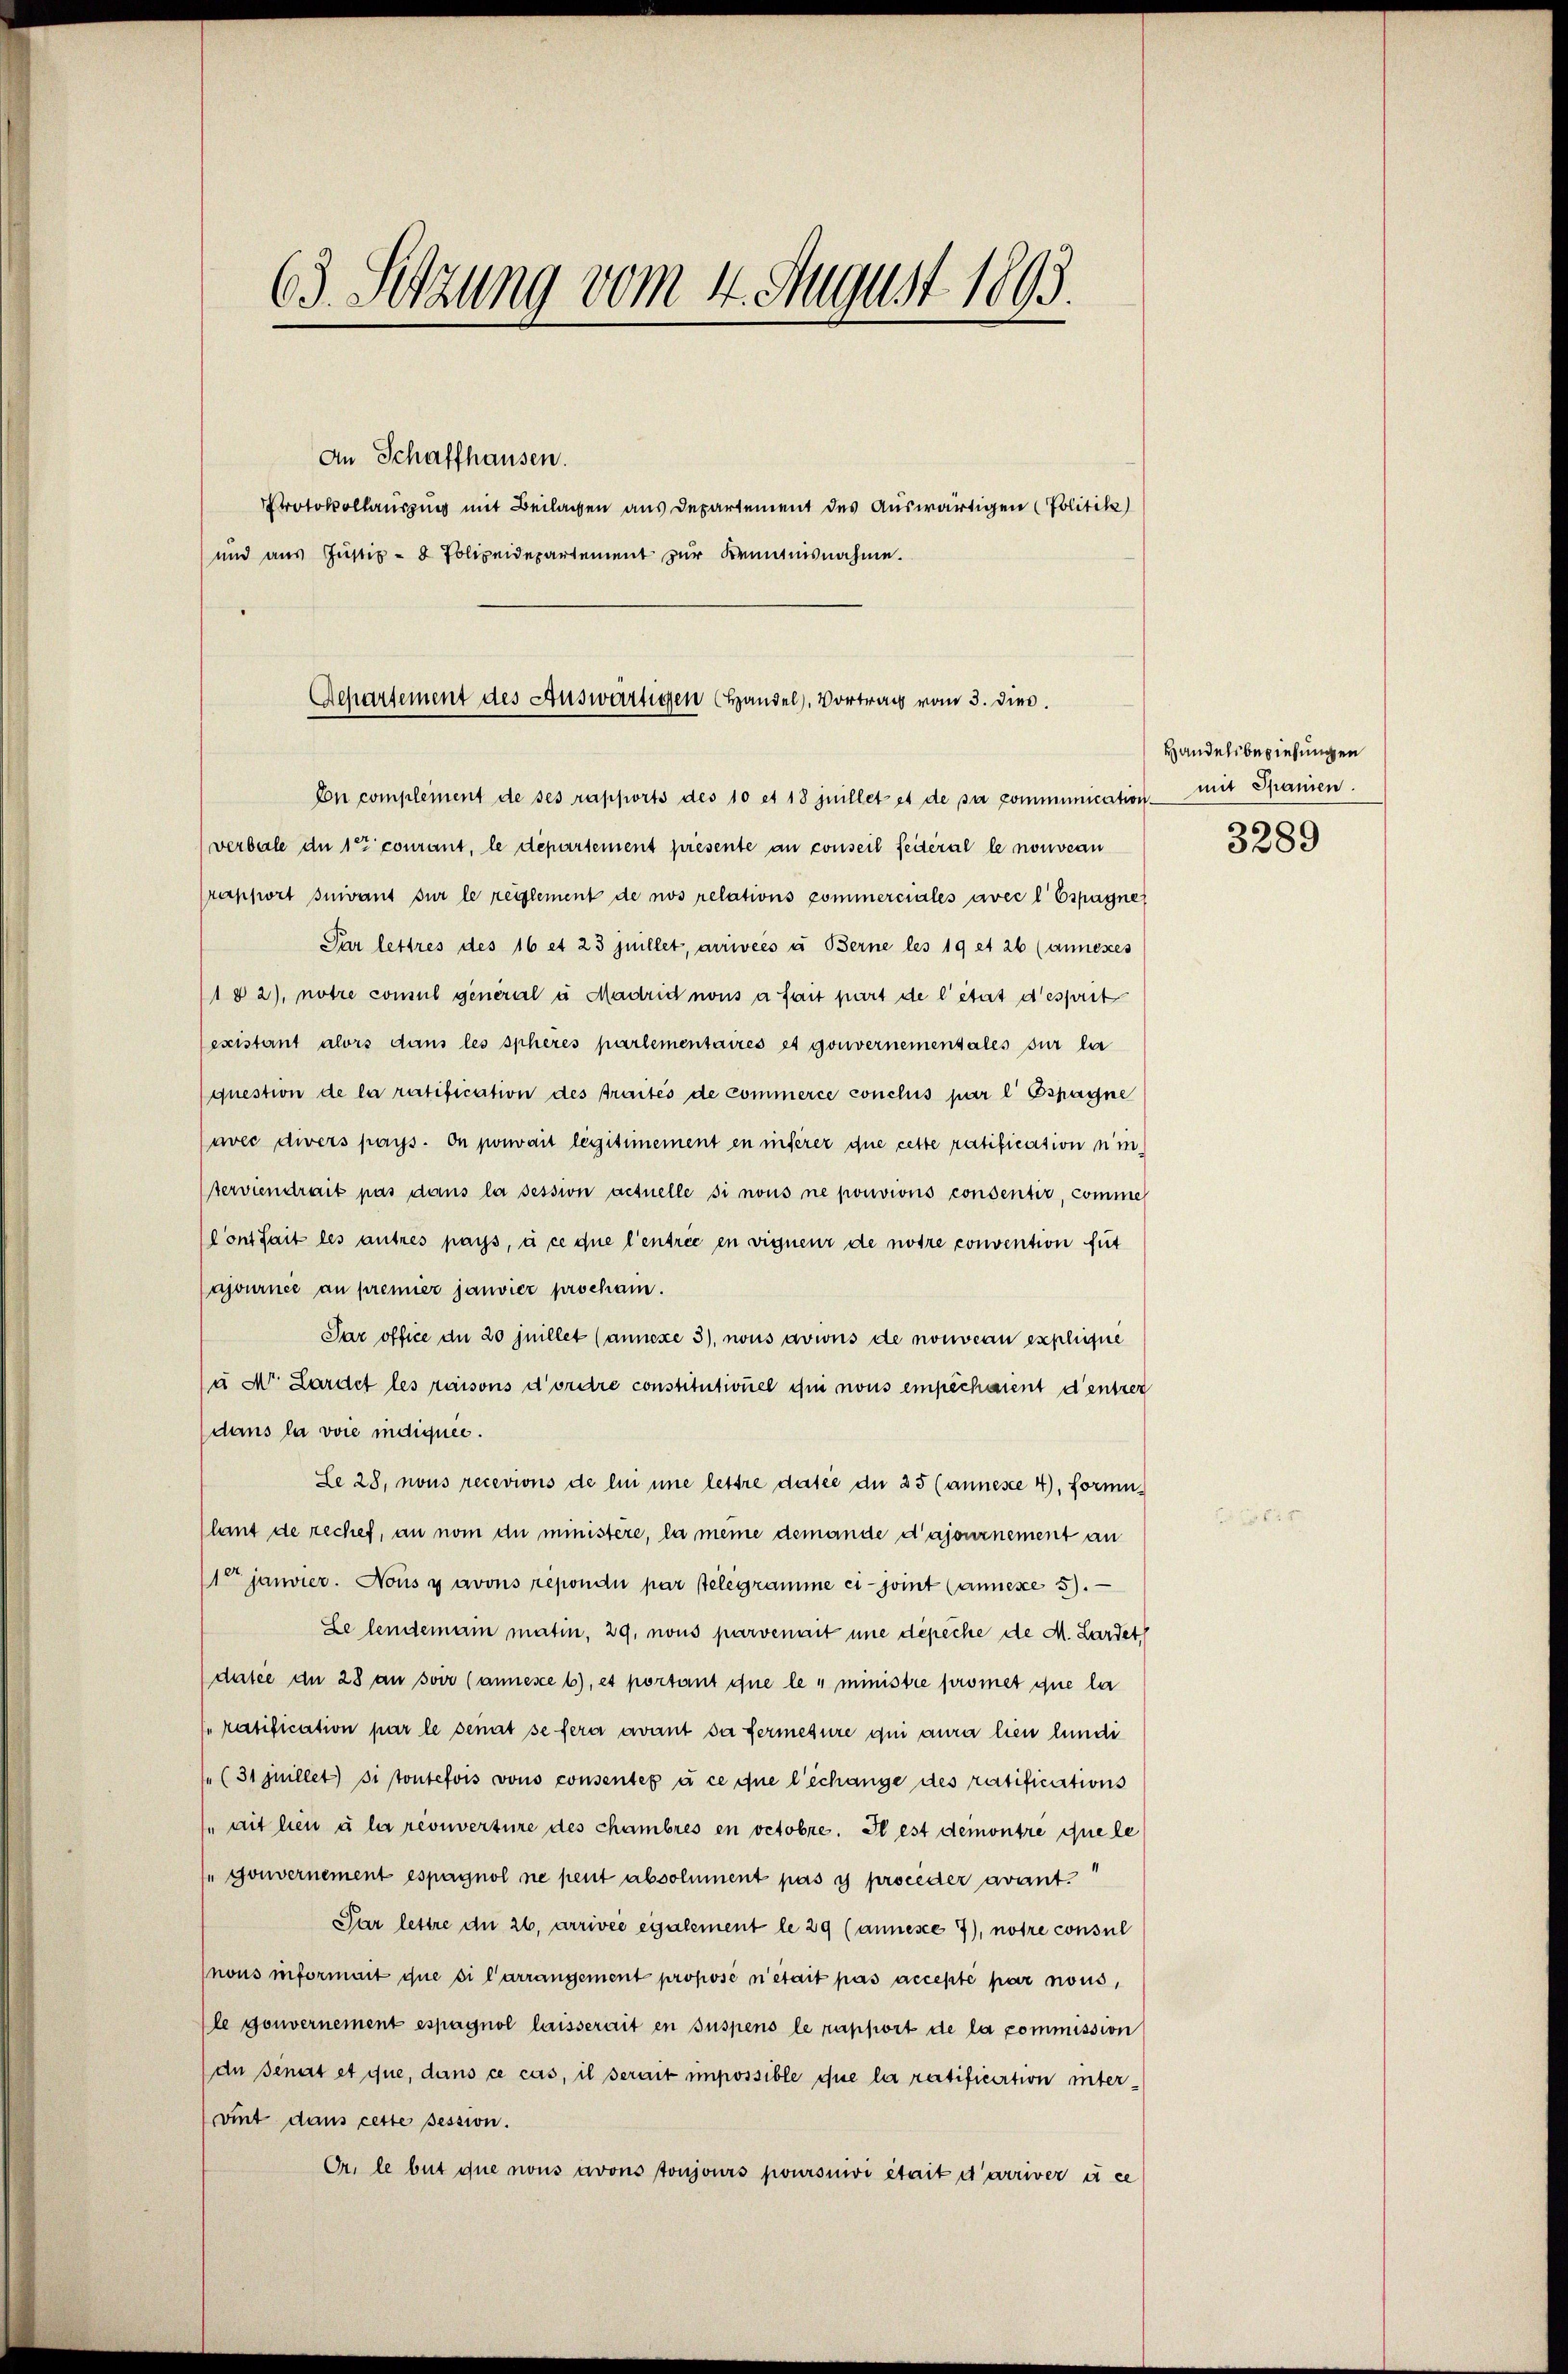
63. Sitzung vom 4. August 1893.
An Schaffhausen.
Protokollauszung mit Beilagen aus Departement des Auswärtigen (Politik)
und aus Justiz- & Polizeidepartement zur Kenntnisnahme.

Departement des Auswärtigen (Handel, Vortrag vom 3. dies

En complement de ses rapports des 10 et 18 juillet et de sa communication mit Spanien.
(verbale du 1te courant, le département présente an conseil feiteral le nouveau
rapport suivant sur le reglement de nos relations commerciales avec l’ Espagne
Par lettres des 16 et 23 Juillet, arriveés u Berne les 19 et 26 (Annexes
1 § 2), notre consul general à Madrid nous a fait part de l’état desseit
existant alors dans les spheres partementaires es gouvernementales sur la
question de la ratification des Traités de commerce conclus par l’ Gspagne
uvec divers pays. On pouvait legitimement en inferer due cette ratification ni
terviendrait pas dans la session actuelle si nous ne pouvions consentiv, comme
Cont fait les autres pays, à ce que l’entrée en vigneur de notre convention fut
ajournée au premier janvier procham.
Par office du 20 juillet (annexe 3), nous avius de nouveau explique
u Mr. Lardet les raisons d’ordre constitutionel in nous empêchaient d’entrer
dans la voie indiquee.
Le 28, nous recevions de lui eine lettre dasie du 25 (annesse 4), formu
lant de rechef, an nom du ministère, la meine demande d’ajournement an
1ten janvier. Nons y avons répondii par telegramme ci- joint (annexe 5). —
Le leidemain matin, 29, nous parvenart une dépeche de M. Lardet
dusée an 28 an soir (annesse 6), et portant que le 4 ministre promet que la
ratification par le senit se fera avant sa fermesure qui aura lien fundi
 (31 Juillet si toutefois vons consentes à ce que l’échange des ratifications
ait hien aber recouverture des chambres en octobre. Il est demontre que le
 Gouvernement espagnol ne peut absolument pas y proceder avant
Par lettre an 26, arrivée egalement le 29 (annesce 7), notre consul
nous informait que si Carrangement propose n’était pas accepté par nous,
le gouvernement espagnol laisserait en suspens le rapport de la commission
(du senat et que, dans ce cas, il serait impossible que la restificirtion untervint dans cette session.
Or. le but que nous avons toujours poursuivi était d’arriver à ce

Handelsbeziehungen

3289